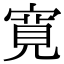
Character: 寛